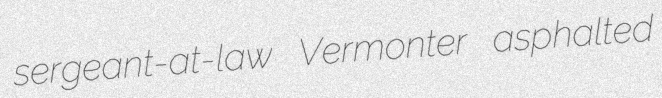
sergeant-at-law Vermonter asphalted